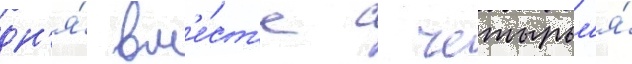
дн'я́ вм'е́ст'е с четырьм'я́